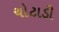
ચોટાડી